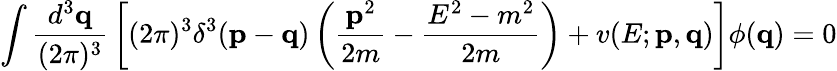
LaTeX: \int{\frac{d^{3}{\mathbf q}}{(2\pi)^{3}}}\left[(2\pi)^{3}\delta^{3}({\mathbf p}-{\mathbf q})\left({\frac{{\mathbf p}^{2}}{2m}}-{\frac{E^{2}-m^{2}}{2m}}\right)+v(E;{\mathbf p},{\mathbf q})\right]\phi({\mathbf q})=0